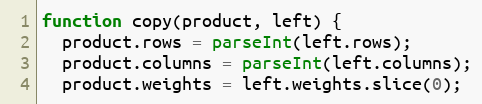
Language: JavaScript
function copy(product, left) {
  product.rows = parseInt(left.rows);
  product.columns = parseInt(left.columns);
  product.weights = left.weights.slice(0);